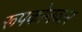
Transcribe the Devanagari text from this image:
रूपकोनवार